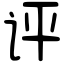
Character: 评